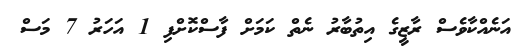
އަނެއްކާވެސް ރާޒީގެ އިތުބާރު ނެތް ކަމަށް ފާސްކޮށްފި 1 އަހަރު 7 މަސް